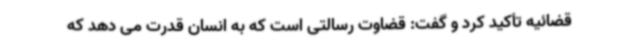
قضائیه تأکید کرد و گفت: قضاوت رسالتی است که به انسان قدرت می دهد که